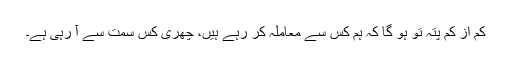
کم از کم پتہ تو ہو گا کہ ہم کس سے معاملہ کر رہے ہیں، چھری کس سمت سے آ رہی ہے۔